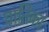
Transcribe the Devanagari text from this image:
घातिका